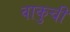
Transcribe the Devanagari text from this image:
वाकुची